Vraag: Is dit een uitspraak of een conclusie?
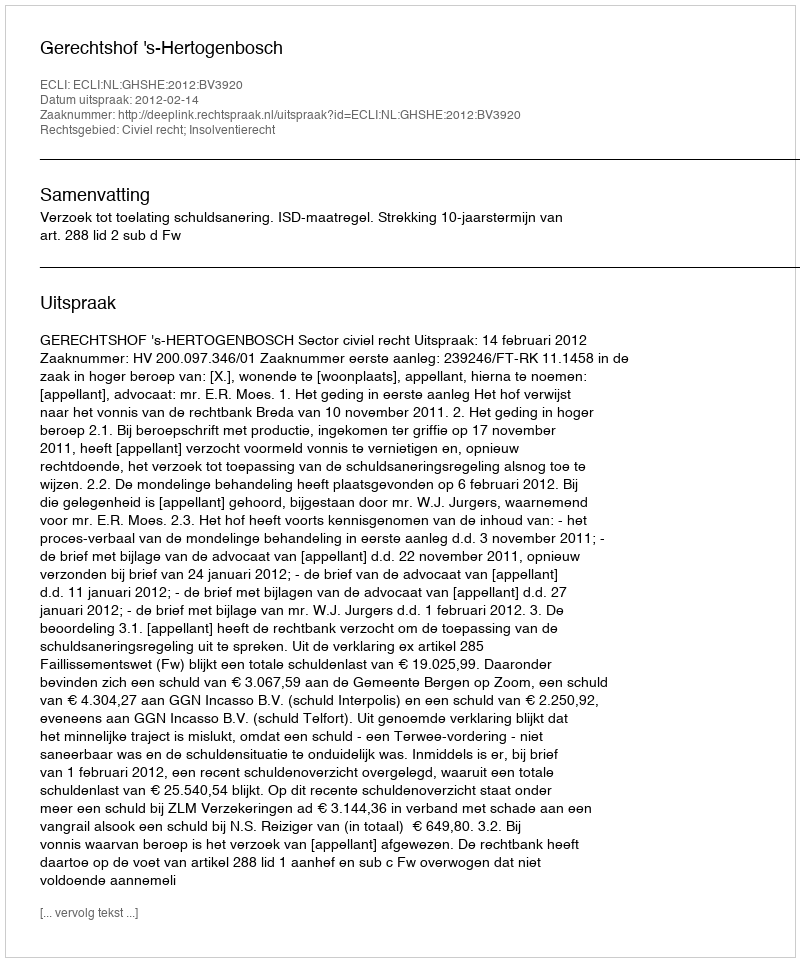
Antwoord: Uitspraak